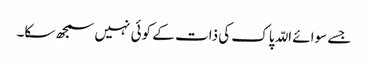
جسے سوائے اللّہ پاک کی ذات کے کوئی نہیں سمجھ سکا۔